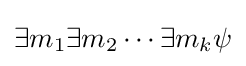
\exists m_{1}\exists m_{2}\cdots \exists m_{k}\psi